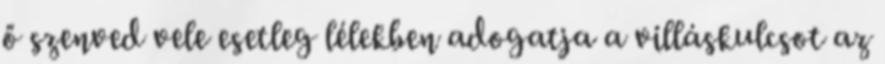
ő szenved vele esetleg lélekben adogatja a villáskulcsot az